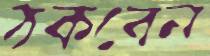
ঠকবেন